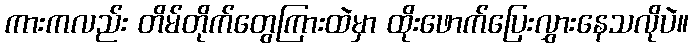
ကားကလည်း တိမ်တိုက်တွေကြားထဲမှာ ထိုးဖောက်ပြေးလွှားနေသလိုပဲ။